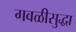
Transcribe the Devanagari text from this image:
गवळीसुद्धा